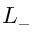
L _ { - }